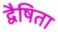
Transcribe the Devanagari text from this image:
द्वैषिता